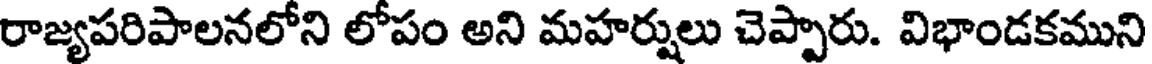
రాజ్యపరిపాలనలోని లోపం అని మహర్షులు చెప్పారు. విభాండకముని